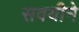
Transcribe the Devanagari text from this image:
सवयीने